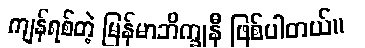
ကျန်ရစ်တဲ့ မြန်မာဘိက္ခုနီ ဖြစ်ပါတယ်။